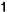
1